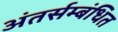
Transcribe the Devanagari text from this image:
अंतर्सम्बंधित